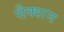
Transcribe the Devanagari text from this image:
सैक्‍शन